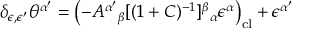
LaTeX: \delta _ { \epsilon , \epsilon ^ { \prime } } \theta ^ { \alpha ^ { \prime } } = \left( - A ^ { \alpha ^ { \prime } } { } _ { \beta } [ ( 1 + C ) ^ { - 1 } ] ^ { \beta } { } _ { \alpha } \epsilon ^ { \alpha } \right) _ { \mathrm { c l } } + \epsilon ^ { \alpha ^ { \prime } }